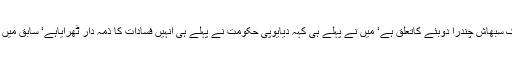
ہندوستان ٹائمز کی رپورٹ کے مطابق وشنو کانت سہائے کی رپورٹ میں کہاگیا ہے کہ ’’ جہاں تک سبھاش چندرا دوبئے کاتعلق ہے‘ میں نے پہلے ہی کہہ دیایوپی حکومت نے پہلے ہی انہیں فسادات کا ذمہ دار ٹھرایاہے‘ سابق میں ان کی برطرفی کے متعلق تحقیقات زیرالتوا ہے اور میں یوپی حکومت کے ساتھ معاہدے میں ہوں‘‘۔